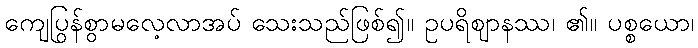
ကျေပြွန်စွာမလေ့လာအပ် သေးသည်ဖြစ်၍။ ဥပရိဈာနဿ၊ ၏။ ပစ္စယော၊